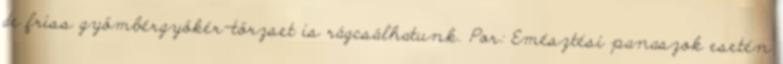
de friss gyömbérgyökér-törzset is rágcsálhatunk. Por: Emésztési panaszok esetén